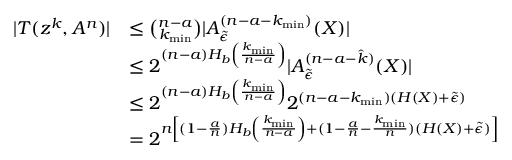
\begin{array} { r l } { | T ( z ^ { k } , A ^ { n } ) | } & { \le \binom { n - a } { k _ { \operatorname* { m i n } } } | A _ { \tilde { \epsilon } } ^ { ( n - a - k _ { \operatorname* { m i n } } ) } ( X ) | } \\ & { \le 2 ^ { ( n - a ) H _ { b } \left( \frac { k _ { \operatorname* { m i n } } } { n - a } \right) } | A _ { \tilde { \epsilon } } ^ { ( n - a - \hat { k } ) } ( X ) | } \\ & { \le 2 ^ { ( n - a ) H _ { b } \left( \frac { k _ { \operatorname* { m i n } } } { n - a } \right) } 2 ^ { ( n - a - k _ { \operatorname* { m i n } } ) ( H ( X ) + \tilde { \epsilon } ) } } \\ & { = 2 ^ { n \left[ ( 1 - \frac { a } { n } ) H _ { b } \left( \frac { k _ { \operatorname* { m i n } } } { n - a } \right) + ( 1 - \frac { a } { n } - \frac { k _ { \operatorname* { m i n } } } { n } ) ( H ( X ) + \tilde { \epsilon } ) \right] } } \end{array}